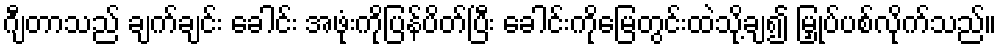
ဂျီတာသည် ချက်ချင်း ခေါင်း အဖုံးကိုပြန်ပိတ်ပြီး ခေါင်းကိုမြေတွင်းထဲသို့ချ၍ မြှုပ်ပစ်လိုက်သည်။